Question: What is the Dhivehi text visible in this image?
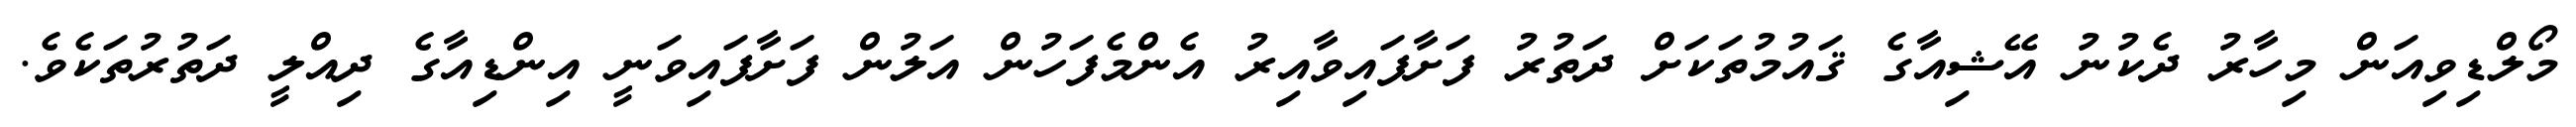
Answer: މޯލްޑިވިއަން މިހާރު ދެކުނު އޭޝިއާގެ ޤައުމުތަކަށް ދަތުރު ފަށާފައިވާއިރު އެންމެފަހުން އަލުން ފަށާފައިވަނީ އިންޑިއާގެ ދިއްލީ ދަތުރުތަކެވެ.